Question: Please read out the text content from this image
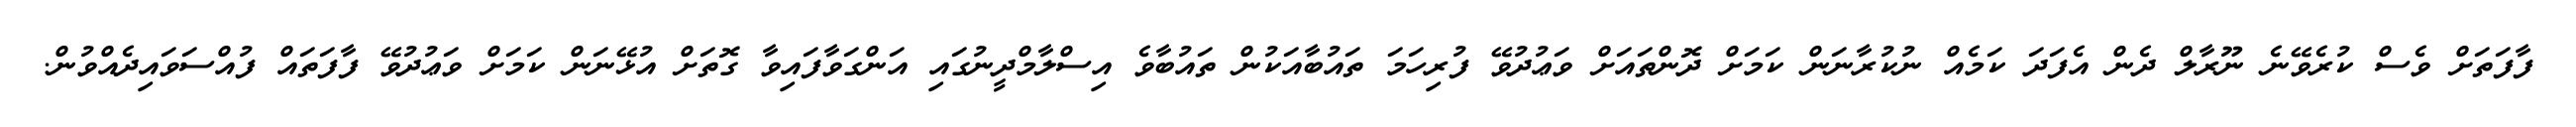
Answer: ފާފަތަށް ވެސް ކުރެވޭނެ ނޫރާލް ދެން އެފަދަ ކަމެއް ނުކުރާނަން ކަމަށް ދޮންތައަށް ވަޢުދުވޭ ފުރިހަމަ ތައުބާއަކުން ތައުބާވެ އިސްލާމްދީނުގައި އަންގަވާފައިވާ ގޮތަށް އުޅޭނަން ކަމަށް ވަޢުދުވޭ ފާފަތައް ފުއްސަވައިދެއްވުން.